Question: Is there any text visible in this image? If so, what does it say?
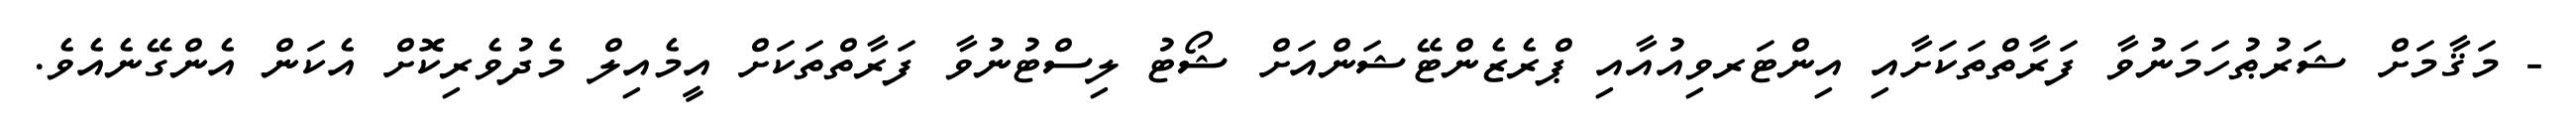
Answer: - މަޤާމަށް ޝަރުޠުހަމަނުވާ ފަރާތްތަކަށާއި އިންޓަރވިއުއާއި ޕްރެޒެންޓޭޝަންއަށް ޝޯޓު ލިސްޓުނުވާ ފަރާތްތަކަށް އީމެއިލް މެދުވެރިކޮށް އެކަން އެންގޭނެއެވެ.